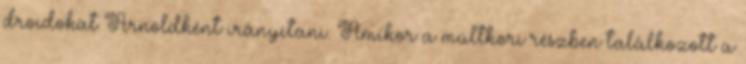
droidokat Arnoldként irányítani. Amikor a múltkori részben találkozott a